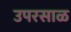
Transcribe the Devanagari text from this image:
उपरसाळ